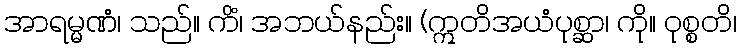
အာရမ္မဏံ၊ သည်။ ကိံ၊ အဘယ်နည်း။ (ဣတိအယံပုစ္ဆာ၊ ကို။ ဝုစ္စတိ၊